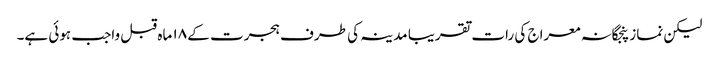
لیکن نماز پنجگانہ معراج کی رات تقریبا مدینہ کی طرف ہجرت کے ۱۸ ماہ قبل واجب ہوئی ہے۔